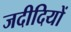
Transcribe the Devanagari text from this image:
जदीदियों